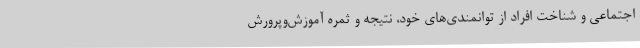
اجتماعی و شناخت افراد از توانمندی‌های خود، نتیجه و ثمره آموزش‌وپرورش